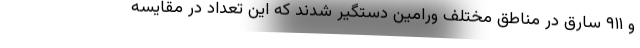
و ۹۱۱ سارق در مناطق مختلف ورامین دستگیر شدند که این تعداد در مقایسه